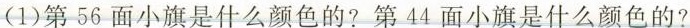
(1)第56面小旗是什么颜色的?第44面小旗是什么颜色的?